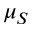
\mu _ { S }